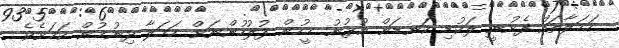
ހަމަލާތައް ފެށުނީ ލަކުޑި ކަނޑަން އުޅުނު މީހުން ފުލުހުންނަށް ހަމަލާ ދިނުމުން ކަމަށެވެ.